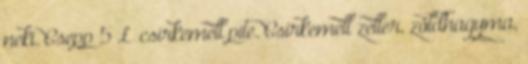
neki. Csepp 5 £ csirkemell pite. Csirkemell zeller, zöldhagyma,